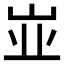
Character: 𰎑